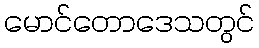
မောင်တောဒေသတွင်